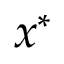
x ^ { * }